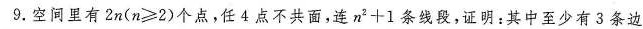
9.空间里有2n(n≥2)个点，任4点不共面，连n'+条线段，证明：其中至少有3条边